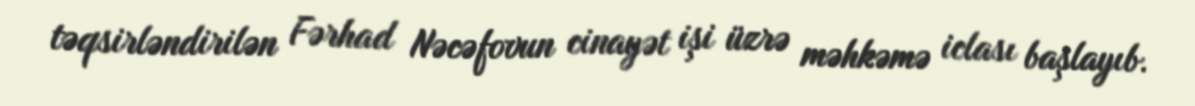
təqsirləndirilən Fərhad Nəcəfovun cinayət işi üzrə məhkəmə iclası başlayıb.